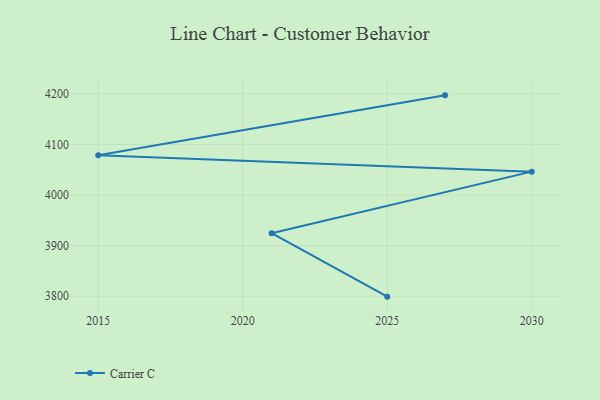
{"axis": {"x": "Year", "y": "Market Share (%)"}, "legend": ["Carrier C"], "data": [{"x": "2027", "y": 4197.4, "type": "Carrier C"}, {"x": "2015", "y": 4078.9, "type": "Carrier C"}, {"x": "2030", "y": 4046.4, "type": "Carrier C"}, {"x": "2021", "y": 3924.5, "type": "Carrier C"}, {"x": "2025", "y": 3799.0, "type": "Carrier C"}]}